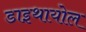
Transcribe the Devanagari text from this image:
डाइथायोल